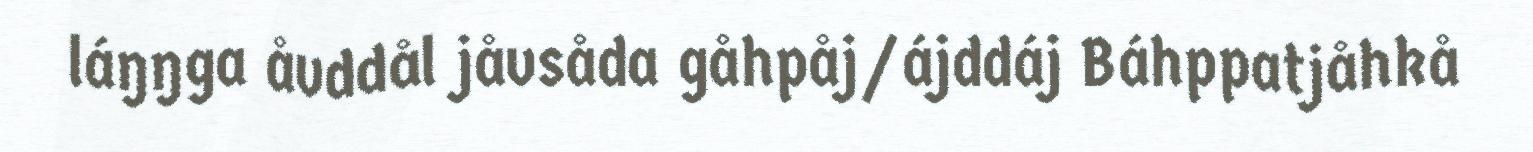
láŋŋga åvddål jåvsåda gåhpåj/ájddáj Báhppatjåhkå